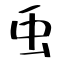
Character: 䖝